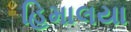
હિમાલયા